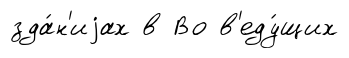
зда́н'иjах в Во в'еду́щих